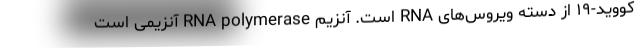
کووید-۱۹ از دسته ویروس‌های RNA است. آنزیم RNA polymerase آنزیمی است